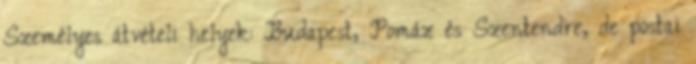
Személyes átvételi helyek: Budapest, Pomáz és Szentendre, de postai